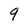
Character: q